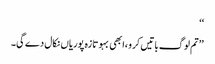
‘‘
’’تم لوگ باتیں کرو ،ابھی بہو تازہ پوریاں نکال دے گی۔